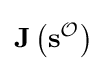
\mathbf {J} \left(\mathbf {s} ^{\mathcal {O}}\right)